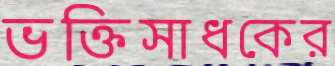
ভক্তিসাধকের